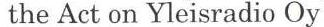
 the Act on Yleisradio Oy